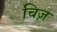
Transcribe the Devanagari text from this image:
चिज़